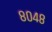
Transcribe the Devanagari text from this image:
८०४८